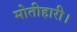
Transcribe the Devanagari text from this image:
मोतीहारी।